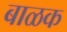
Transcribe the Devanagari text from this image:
बाळक